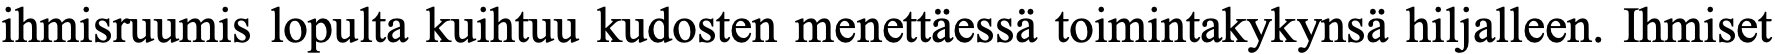
ihmisruumis lopulta kuihtuu kudosten menettäessä toimintakykynsä hiljalleen. Ihmiset